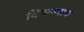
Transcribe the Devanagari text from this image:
विश्वस्माय